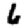
Digit: 6